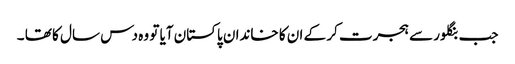
جب بنگلور سے ہجرت کر کے ان کا خاندان پاکستان آیا تو وہ دس سال کا تھا ۔